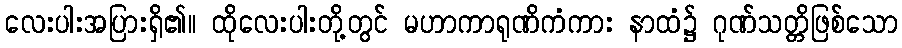
လေးပါးအပြားရှိ၏။ ထိုလေးပါးတို့တွင် မဟာကာရုဏိကံကား နာထံ၌ ဂုဏ်သတ္တိဖြစ်သော